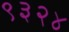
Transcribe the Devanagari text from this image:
९३२४